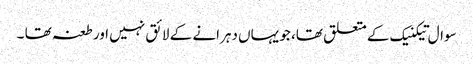
سوال تیکنیک کے متعلق تھا، جو یہاں دہرانے کے لائق نہیں اور طعنہ تھا ۔